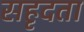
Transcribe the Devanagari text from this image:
सहृदता